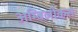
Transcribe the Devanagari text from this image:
अम्बिलीकस